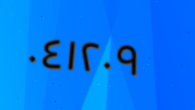
٠٤١٢٠٩